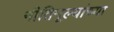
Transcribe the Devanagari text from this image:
नीतिमूल्यांच्या